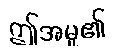
ဤအမှု၏